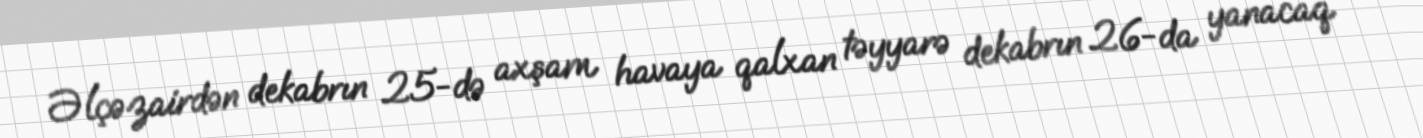
Əlçəzairdən dekabrın 25-də axşam havaya qalxan təyyarə dekabrın 26-da yanacaq